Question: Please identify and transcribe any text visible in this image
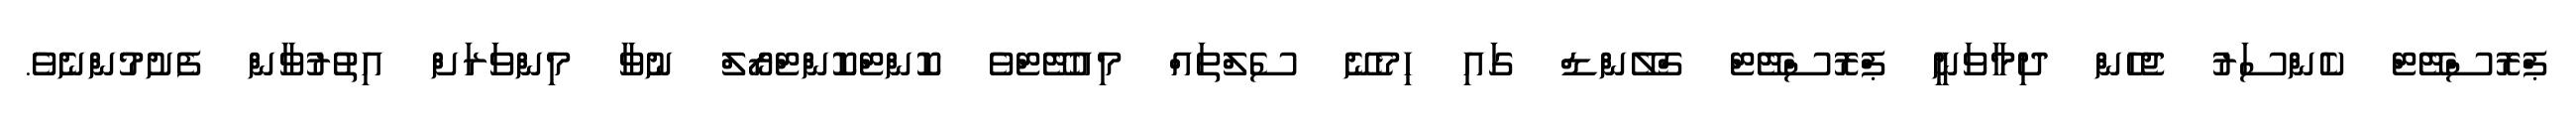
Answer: ޕްރޮސްޓޭޓް ކެންސަރު ޖެހެން ދިމާވަނީ ޕްރޮސްޓޭޓް ގްލޭންޑް ގައި ހިމެނޭ ސެލްތައް މިއުޓޭޓްވެ ކޮންޓްކޮންޓްރޯލް ނުވާ މިންވަރަށް އިތުރުވާން ފެށުމުންނެވެ.